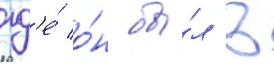
гд'е́ о́н бы́л в